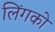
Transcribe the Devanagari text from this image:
लिंगको